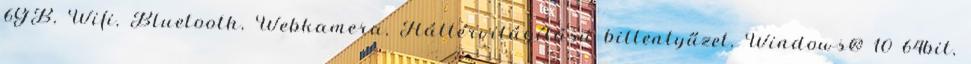
6GB, Wifi, Bluetooth, Webkamera, Háttérvilágítású billentyűzet, Windows® 10 64bit,